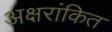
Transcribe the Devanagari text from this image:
अक्षरांकित